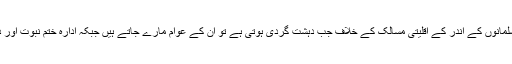
ویسے کل یہ سوال کسی نے کیا کہ “اقلیتوں اور خود مسلمانوں کے اندر کے اقلیتی مسالک کے خلاف جب دہشت گردی ہوتی ہے تو ان کے عوام مارے جاتے ہیں جبکہ ادارہ ختم نبوت اور دیوبند کے بڑے بڑے علما ئے کرام شہید کردیے گئے۔